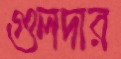
গুলদার